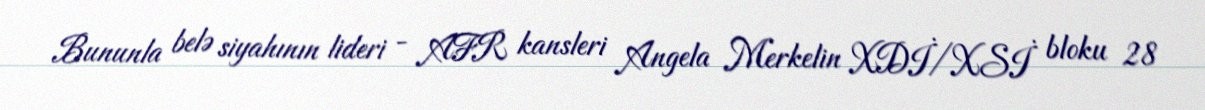
Bununla belə siyahının lideri - AFR kansleri Angela Merkelin XDİ/XSİ bloku 28